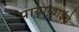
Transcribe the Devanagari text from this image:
पायाग्वाईचे